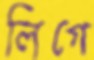
লিগে